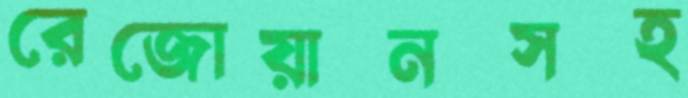
রেজোয়ানসহ